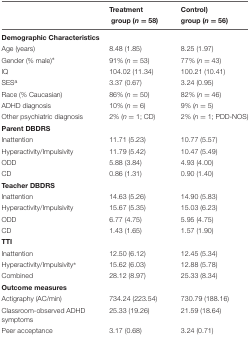
<table><thead><tr><td>[EMPTY_CELL]</td><td><b>Treatment</b></td><td><b>Control)</b></td></tr><tr><td>[EMPTY_CELL]</td><td><b> group (<i>n</i> = 58)</b></td><td><b>group (<i>n</i> = 56)</b></td></tr></thead><tbody><tr><td colspan="3"><b>Demographic Characteristics</b></td></tr><tr><td>Age (years)</td><td>8.48 (1.85)</td><td>8.25 (1.97)</td></tr><tr><td>Gender (% male)<sup>∗</sup></td><td>91% (<i>n</i> = 53)</td><td>77% (<i>n</i> = 43)</td></tr><tr><td>IQ</td><td>104.02 (11.34)</td><td>100.21 (10.41)</td></tr><tr><td>SES<sup>a</sup></td><td>3.37 (0.67)</td><td>3.24 (0.95)</td></tr><tr><td>Race (% Caucasian)</td><td>86% (<i>n</i> = 50)</td><td>82% (<i>n</i> = 46)</td></tr><tr><td>ADHD diagnosis</td><td>10% (<i>n</i> = 6)</td><td>9% (<i>n</i> = 5)</td></tr><tr><td>Other psychiatric diagnosis</td><td>2% (<i>n</i> = 1; CD)</td><td>2% (<i>n</i> = 1; PDD-NOS)</td></tr><tr><td colspan="3"><b>Parent DBDRS</b></td></tr><tr><td>Inattention</td><td>11.71 (5.23)</td><td>10.77 (5.57)</td></tr><tr><td>Hyperactivity/Impulsivity</td><td>11.79 (5.42)</td><td>10.47 (5.49)</td></tr><tr><td>ODD</td><td>5.88 (3.84)</td><td>4.93 (4.00)</td></tr><tr><td>CD</td><td>0.86 (1.31)</td><td>0.90 (1.40)</td></tr><tr><td colspan="3"><b>Teacher DBDRS</b></td></tr><tr><td>Inattention</td><td>14.63 (5.26)</td><td>14.90 (5.83)</td></tr><tr><td>Hyperactivity/Impulsivity</td><td>15.67 (5.35)</td><td>15.03 (6.23)</td></tr><tr><td>ODD</td><td>6.77 (4.75)</td><td>5.95 (4.75)</td></tr><tr><td>CD</td><td>1.43 (1.65)</td><td>1.57 (1.90)</td></tr><tr><td colspan="3"><b>TTI</b></td></tr><tr><td>Inattention</td><td>12.50 (6.12)</td><td>12.45 (5.34)</td></tr><tr><td>Hyperactivity/Impulsivity<sup>∗</sup></td><td>15.62 (6.03)</td><td>12.88 (5.78)</td></tr><tr><td>Combined</td><td>28.12 (8.97)</td><td>25.33 (8.34)</td></tr><tr><td colspan="3"><b>Outcome measures</b></td></tr><tr><td>Actigraphy (AC/min)</td><td>734.24 (223.54)</td><td>730.79 (188.16)</td></tr><tr><td>Classroom-observed ADHD symptoms</td><td>25.33 (19.26)</td><td>21.59 (18.64)</td></tr><tr><td>Peer acceptance</td><td>3.17 (0.68)</td><td>3.24 (0.71)</td></tr></tbody></table>